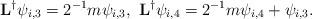
LaTeX: \begin{align*}\mathbf{L}^\dagger \psi_{i,3}=2^{-1}m\psi_{i,3},\ \mathbf{L}^\dagger \psi_{i,4}=2^{-1}m\psi_{i,4}+\psi_{i,3}.\end{align*}